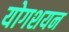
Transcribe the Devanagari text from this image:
योगशयन